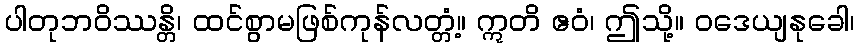
ပါတုဘဝိဿန္တိ၊ ထင်စွာမဖြစ်ကုန်လတ္တံ့။ ဣတိ ဧဝံ၊ ဤသို့။ ဝဒေယျနုခေါ၊